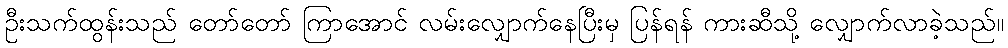
ဦးသက်ထွန်းသည် တော်တော် ကြာအောင် လမ်းလျှောက်နေပြီးမှ ပြန်ရန် ကားဆီသို့ လျှောက်လာခဲ့သည်။